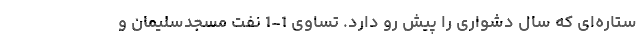
ستاره‌ای که سال دشواری را پیش رو دارد. تساوی 1-1 نفت مسجدسلیمان و